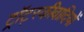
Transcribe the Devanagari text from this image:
ट्रॉट्स्कीवादियों